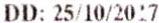
DD: 25/10/2017